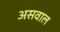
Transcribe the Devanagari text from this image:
असवाल